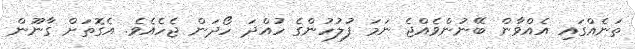
ތަނެއްގައި އެއްވާން ބޭނުންވެއްޖެ ނަމަ ފުލުހުންގެ ހުއްދަ ހޯދަން ޖެހެއެވެ. އެގޮތަށް ގާނޫން